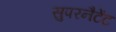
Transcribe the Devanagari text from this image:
सुपरनैटेंट